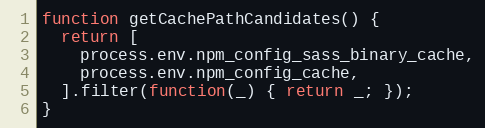
Language: JavaScript
function getCachePathCandidates() {
  return [
    process.env.npm_config_sass_binary_cache,
    process.env.npm_config_cache,
  ].filter(function(_) { return _; });
}